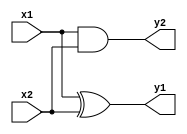
module half_adder(input x1, input x2, output y1, output y2);
assign y1 = x1^x2;
assign y2= x1&x2;
endmodule

module full_adder(input alpha, input beta, input gamma, output full_sum, output full_carry);
assign full_sum = (alpha^beta)^gamma;
assign full_carry = (alpha&beta) | (gamma&(alpha^beta)); 
endmodule

module wallace_tree(
input [3:0] a,
input [3:0] b,
output [7:0] prod
);

wire s11,s12,s13,s14,s15,s22,s23,s24,s25,s26,s32,s34,s35,s36,s37;
wire c11,c12,c13,c14,c15,c22,c23,c24,c25,c26,c32,c34,c35,c36,c37;
wire [3:0] p0;
wire [3:0] p1;
wire [3:0] p2;
wire [3:0] p3;

assign p0[0] = a[0]&b[0];
assign p0[1] = a[1]&b[0];
assign p0[2] = a[2]&b[0];
assign p0[3] = a[3]&b[0];

assign p1[0] = a[0]&b[1];
assign p1[1] = a[1]&b[1];
assign p1[2] = a[2]&b[1];
assign p1[3] = a[3]&b[1];

assign p2[0] = a[0]&b[2];
assign p2[1] = a[1]&b[2];
assign p2[2] = a[2]&b[2];
assign p2[3] = a[3]&b[2];

assign p3[0] = a[0]&b[3];
assign p3[1] = a[1]&b[3];
assign p3[2] = a[2]&b[3];
assign p3[3] = a[3]&b[3];

assign prod[0] = p0[0];
assign prod[1] = s11;
assign prod[2] = s22;
assign prod[3] = s32;
assign prod[4] = s34;
assign prod[5] = s35;
assign prod[6] = s36;
assign prod[7] = s37;

half_adder ha11(p0[1],p1[0],s11,c11);
full_adder fa12(p0[2],p1[1],p2[0],s12,c12);
full_adder fa13(p0[3],p1[2],p2[1],s13,c13);
full_adder fa14(p1[3],p2[2],p3[1],s14,c14);
half_adder ha15(p2[3],p3[2],s15,c15);


half_adder ha22(c11,s12,s22,c22);
full_adder fa23(p3[0],c12,s13,s23,c23);
full_adder fa24(c13,c32,s14,s24,c24);
full_adder fa25(c14,c24,s15,s25,c25);
full_adder fa26(c15,c25,p3[3],s26,c26);


half_adder ha32(c22,s23,s32,c32);
half_adder ha34(c23,s24,s34,c34);
half_adder ha35(c34,s25,s35,c35);
half_adder ha36(c35,s26,s36,c36);
half_adder ha37(c36,c26,s37,c37); 

endmodule